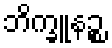
ဘိက္ခူနဉ္စ